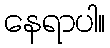
နေရာပါ။